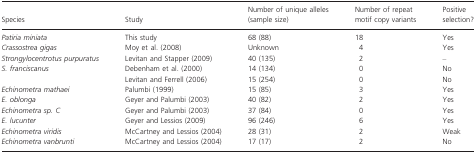
| Species | Study | Number of unique alleles (sample size) | Number of repeat motif copy variants | Positive selection? |
 | --- | --- | --- | --- | --- |
 | Patiria miniata | This study | 68 (88) | 18 | Yes |
 | Crassostrea gigas | Moy et al. (2008) | Unknown | 4 | Yes |
 | Strongylocentrotus purpuratus | Levitan and Stapper (2009) | 40 (135) | 2 | – |
 | <ROWSPAN=2> S. franciscanus | Debenham et al. (2000) | 14 (134) | 0 | No |
 | Levitan and Ferrell (2006) | 15 (254) | 0 | No |
 | Echinometra mathaei | Palumbi (1999) | 15 (85) | 3 | Yes |
 | E. oblonga | Geyer and Palumbi (2003) | 40 (82) | 2 | Yes |
 | Echinometra sp. C | Geyer and Palumbi (2003) | 37 (84) | 0 | Yes |
 | E. lucunter | Geyer and Lessios (2009) | 96 (246) | 6 | Yes |
 | Echinometra viridis | McCartney and Lessios (2004) | 28 (31) | 2 | Weak |
 | Echinometra vanbrunti | McCartney and Lessios (2004) | 17 (17) | 2 | No |